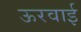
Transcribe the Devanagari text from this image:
ऊरवाई